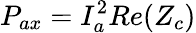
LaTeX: P_{ax}=I_{a}^{2}Re(Z_{c})